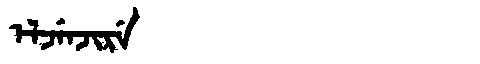
Manchu: ᡝᠯᠵᡝᠨᠵᡳᡵᡝ
Romanization: ELJENJIRE